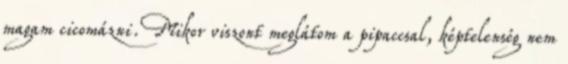
magam cicomázni. Mikor viszont meglátom a pipaccsal, képtelenség nem